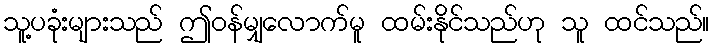
သူ့ပခုံးများသည် ဤဝန်မျှလောက်မူ ထမ်းနိုင်သည်ဟု သူ ထင်သည်။